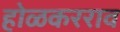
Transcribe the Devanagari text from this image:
होळकरराव